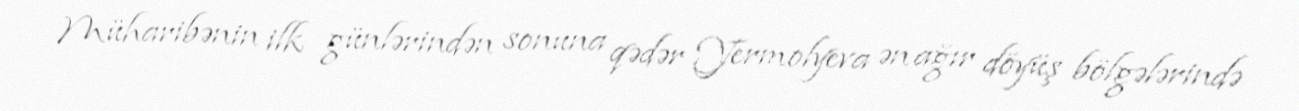
Müharibənin ilk günlərindən sonuna qədər Yermolyeva ən ağır döyüş bölgələrində